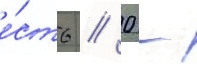
е́сть // 0 -